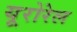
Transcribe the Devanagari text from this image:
यूरोरेल